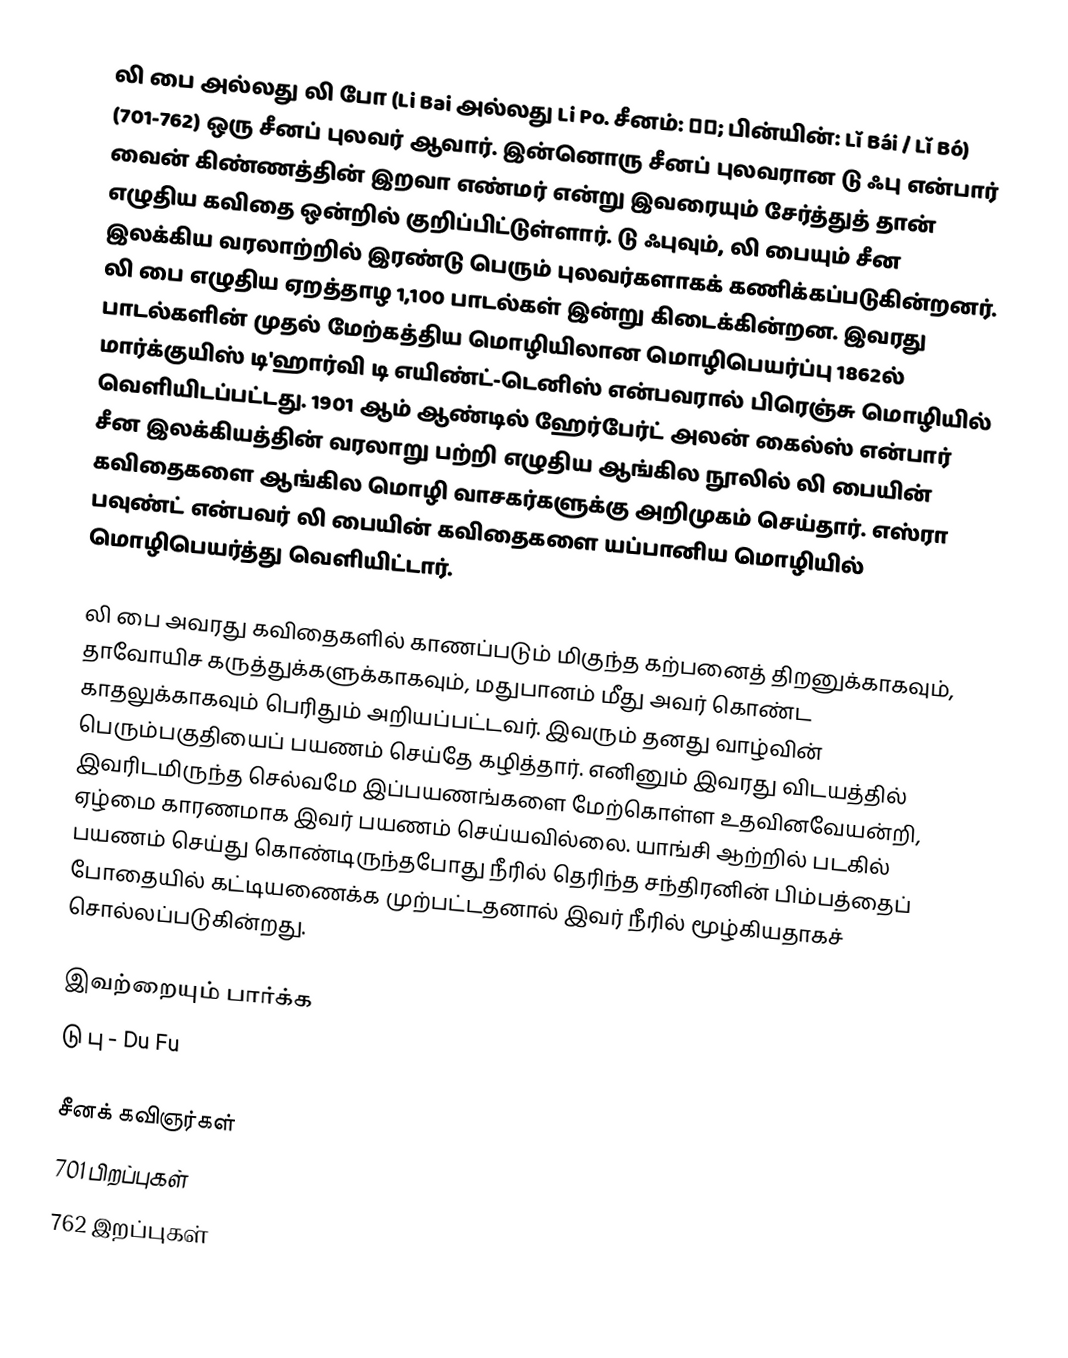
லி பை அல்லது லி போ (Li Bai அல்லது Li Po. சீனம்: 李白; பின்யின்: Lǐ Bái / Lǐ Bó) (701-762) ஒரு சீனப் புலவர் ஆவார். இன்னொரு சீனப் புலவரான டு ஃபு என்பார் வைன் கிண்ணத்தின் இறவா எண்மர் என்று இவரையும் சேர்த்துத் தான் எழுதிய கவிதை ஒன்றில் குறிப்பிட்டுள்ளார். டு ஃபுவும், லி பையும் சீன இலக்கிய வரலாற்றில் இரண்டு பெரும் புலவர்களாகக் கணிக்கப்படுகின்றனர். லி பை எழுதிய ஏறத்தாழ 1,100 பாடல்கள் இன்று கிடைக்கின்றன. இவரது பாடல்களின் முதல் மேற்கத்திய மொழியிலான மொழிபெயர்ப்பு 1862ல் மார்க்குயிஸ் டி'ஹார்வி டி எயிண்ட்-டெனிஸ் என்பவரால் பிரெஞ்சு மொழியில் வெளியிடப்பட்டது. 1901 ஆம் ஆண்டில் ஹேர்பேர்ட் அலன் கைல்ஸ் என்பார் சீன இலக்கியத்தின் வரலாறு பற்றி எழுதிய ஆங்கில நூலில் லி பையின் கவிதைகளை ஆங்கில மொழி வாசகர்களுக்கு அறிமுகம் செய்தார். எஸ்ரா பவுண்ட் என்பவர் லி பையின் கவிதைகளை யப்பானிய மொழியில் மொழிபெயர்த்து வெளியிட்டார்.

லி பை அவரது கவிதைகளில் காணப்படும் மிகுந்த கற்பனைத் திறனுக்காகவும், தாவோயிச கருத்துக்களுக்காகவும், மதுபானம் மீது அவர் கொண்ட காதலுக்காகவும் பெரிதும் அறியப்பட்டவர். இவரும் தனது வாழ்வின் பெரும்பகுதியைப் பயணம் செய்தே கழித்தார். எனினும் இவரது விடயத்தில் இவரிடமிருந்த செல்வமே இப்பயணங்களை மேற்கொள்ள உதவினவேயன்றி, ஏழ்மை காரணமாக இவர் பயணம் செய்யவில்லை. யாங்சி ஆற்றில் படகில் பயணம் செய்து கொண்டிருந்தபோது நீரில் தெரிந்த சந்திரனின் பிம்பத்தைப் போதையில் கட்டியணைக்க முற்பட்டதனால் இவர் நீரில் மூழ்கியதாகச் சொல்லப்படுகின்றது.

இவற்றையும் பார்க்க
 டு பு - Du Fu

சீனக் கவிஞர்கள்
701 பிறப்புகள்
762 இறப்புகள்